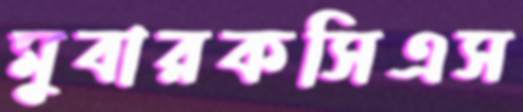
মুবারকসিএস